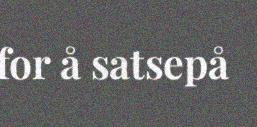
for å satsepå